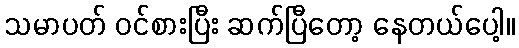
သမာပတ် ဝင်စားပြီး ဆက်ပြီတော့ နေတယ်ပေါ့။